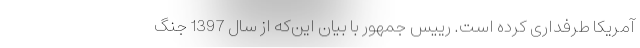
آمریکا طرفداری کرده است. رییس جمهور با بیان این‌که از سال 1397 جنگ